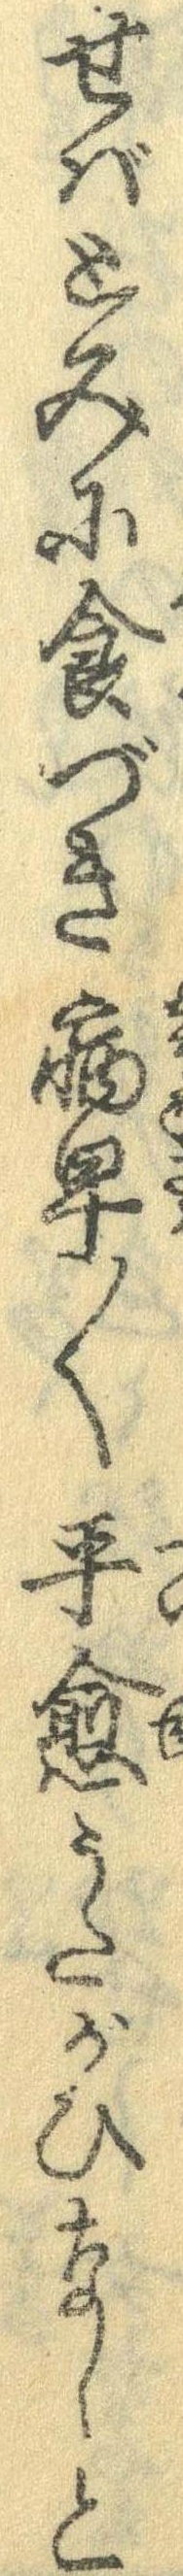
せばとみに食づき病早〱平癒うたがひなしと